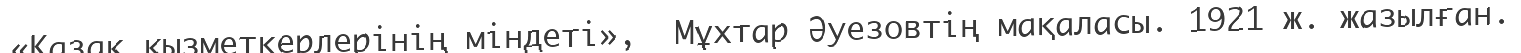
«Қазақ қызметкерлерінің міндеті»,  Мұхтар Әуезовтің мақаласы. 1921 ж. жазылған.